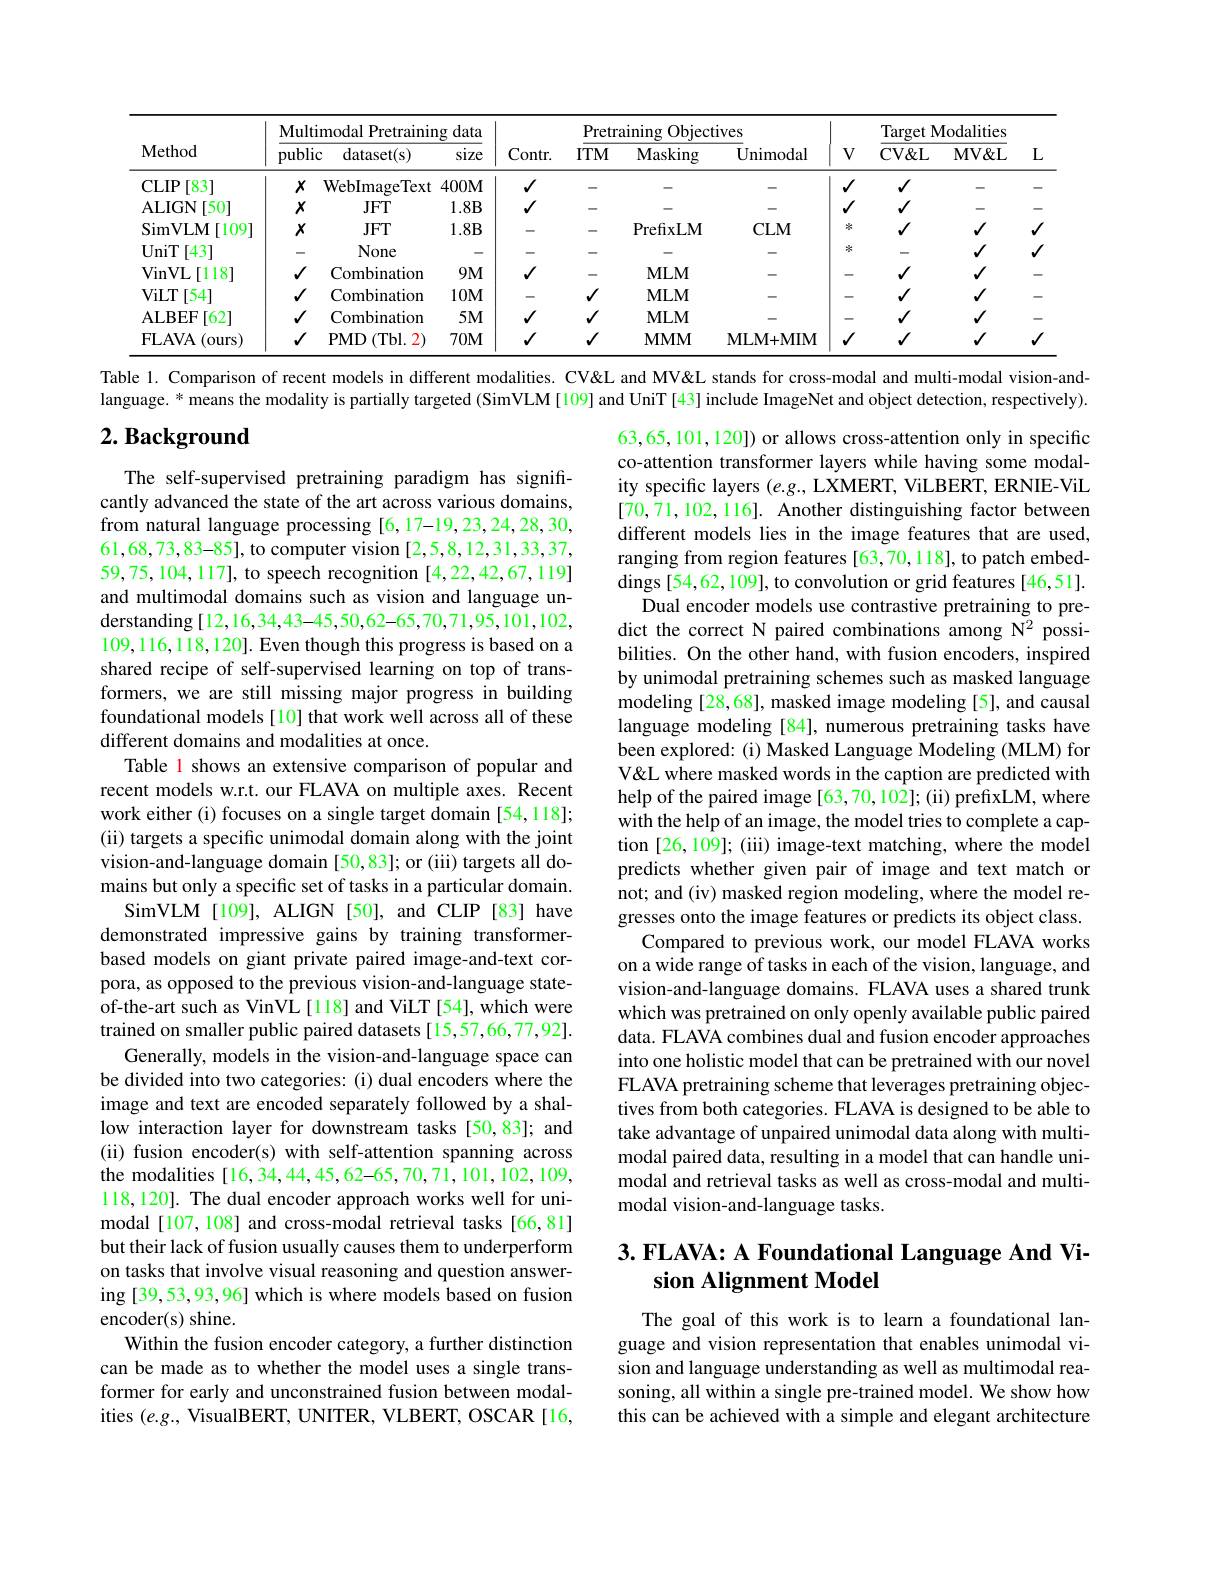
<table>
	<tbody>
		<tr>
			<th rowspan="2">Method</th>
			<th colspan="3">Multimodal Pretraining data</th>
			<th> </th>
			<th colspan="3">Pretraining Objectives</th>
			<th> </th>
			<th colspan="3">Target Modalities</th>
		</tr>
		<tr>
			<th>public</th>
			<th>dataset(s)</th>
			<th>size</th>
			<th>$Contr.$</th>
			<th>$ITM$</th>
			<th>Masking</th>
			<th>Unimodal</th>
			<th>$V$</th>
			<th>$\mathbf{CV}\&$L</th>
			<th>$\mathbf{MV\&L}$</th>
			<th>$L$</th>
		</tr>
		<tr>
			<td>CLIP [83]</td>
			<td>$X$</td>
			<td>WebImageText</td>
			<td>$400M$</td>
			<td>$√$</td>
			<td>- </td>
			<td> </td>
			<td>-</td>
			<td>1 I</td>
			<td>$√$</td>
			<td> </td>
			<td> </td>
		</tr>
		<tr>
			<td>ALIGN [50]</td>
			<td>$X$</td>
			<td>$JFT$</td>
			<td>$1.8B$</td>
			<td>$√$</td>
			<td>- </td>
			<td> </td>
			<td> </td>
			<td>$\checkmark$</td>
			<td>$√$</td>
			<td> </td>
			<td> </td>
		</tr>
		<tr>
			<td>SimVLM [109]</td>
			<td>$X$</td>
			<td>$JFT$</td>
			<td>$1.8B$</td>
			<td> </td>
			<td>-</td>
			<td>PrefixLM</td>
			<td>$CLM$</td>
			<td>冰</td>
			<td>$√$</td>
			<td>$√$</td>
			<td>$v$</td>
		</tr>
		<tr>
			<td>UniT [43]</td>
			<td>-</td>
			<td>None</td>
			<td>-</td>
			<td> </td>
			<td>-</td>
			<td> </td>
			<td> </td>
			<td>冰</td>
			<td>-</td>
			<td>$√$</td>
			<td>$v$</td>
		</tr>
		<tr>
			<td>$\operatorname{VinVL}[118]$</td>
			<td>$√$</td>
			<td>Combination</td>
			<td>$9M$</td>
			<td>$√$</td>
			<td>-</td>
			<td>$MLM$</td>
			<td> </td>
			<td>-</td>
			<td>$√$</td>
			<td>$√$</td>
			<td> </td>
		</tr>
		<tr>
			<td>ViLT [54</td>
			<td>$√$</td>
			<td>Combination</td>
			<td>$10M$</td>
			<td> </td>
			<td>$√$</td>
			<td>$MLM$</td>
			<td> </td>
			<td>-</td>
			<td>$√$</td>
			<td>$√$</td>
			<td> </td>
		</tr>
		<tr>
			<td>ALBEF [62]</td>
			<td>$√$</td>
			<td>Combination</td>
			<td>$5M$</td>
			<td>$√$</td>
			<td>$√$</td>
			<td>$MLM$</td>
			<td> </td>
			<td>-</td>
			<td>$√$</td>
			<td>$√$</td>
			<td> </td>
		</tr>
		<tr>
			<td>$\mathbf{FLAVA}$ (ours) 10 1</td>
			<td>$√$</td>
			<td>$PMD$ (Tbl. 2)</td>
			<td>$70M$</td>
			<td>$√$</td>
			<td>$√$</td>
			<td>$\mathbf{MMM}$</td>
			<td>MLM+ MIM</td>
			<td>1</td>
			<td>$√$</td>
			<td>$√$</td>
			<td>$v$</td>
		</tr>
	</tbody>
</table>

Table 1. Comparison of recent models in different modalities. CV&L and MV& stands for cross-modal and multi-modal vision-and-

language. * means the modality is partially targeted (SimVLM [109] and UniT [43] include ImageNet and object detection, respectively).

# $2. \textbf{ Background}$

63,65,101,120]) or allows cross-attention only in specific co-attention transformer layers while having some modality specific layers $(e.g.$, LXMERT, ViLBERT, ERNIE-ViL [70,71,102,116]. Another distinguishing factor between different models lies in the image features that are used, ranging from region features [63,70,118], to patch embeddings [54,62,109], to convolution or grid features [46,51].
Dual encoder models use contrastive pretraining to predict the correct N paired combinations among N$^{2}$ possibilities. On the other hand, with fusion encoders, inspired by unimodal pretraining schemes such as masked language modeling [28,68], masked image modeling [5], and causal language modeling [84], numerous pretraining tasks have been explored: (i) Masked Language Modeling (MLM) for V&L where masked words in the caption are predicted with help of the paired image [63,70,102]; (ii) prefixLM, where with the help of an image, the model tries to complete a caption [26,109]; (iii) image-text matching, where the model predicts whether given pair of image and text match or not; and (iv) masked region modeling, where the model regresses onto the image features or predicts its object class.
Compared to previous work, our model FLAVA works on a wide range of tasks in each of the vision, language, and vision-and-language domains. FLAVA uses a shared trunk which was pretrained on only openly available public paired data. FLAVA combines dual and fusion encoder approaches into one holistic model that can be pretrained with our novel FLAVA pretraining scheme that leverages pretraining objectives from both categories. FLAVA is designed to be able to take advantage of unpaired unimodal data along with multimodal paired data, resulting in a model that can handle unimodal and retrieval tasks as well as cross-modal and multimodal vision-and-language tasks.

The self-supervised pretraining paradigm has significantly advanced the state of the art across various domains, from natural language processing [6,17-19,23,24,28,30, 61,68,73,83-85], to computer vision [2,5,8,12,31,33,37, 59,75,104,117], to speech recognition [4,22,42,67,119] and multimodal domains such as vision and language understanding[12,16,34,43-45,50,62-65,70,71,95,101,102, 109,116,118,120]. Even though this progress is based on a shared recipe of self-supervised learning on top of transformers, we are still missing major progress in building foundational models[10] that work well across all of these different domains and modalities at once.
Table 1 shows an extensive comparison of popular and recent models w.r.t. our FLAVA on multiple axes. Recent work either (i) focuses on a single target domain [54,118]; (ii) targets a specific unimodal domain along with the joint vision-and-language domain [50,83]; or (iii) targets all domains but only a specific set of tasks in a particular domain.
SimVLM[109], ALIGN[50], and CLIP[83] have demonstrated impressive gains by training transformerbased models on giant private paired image-and-text corpora, as opposed to the previous vision-and-language stateof-the-art such as VinVL[118] and ViLT[54], which were trained on smaller public paired datasets [15,57,66,77,92].
Generally, models in the vision-and-language space can be divided into two categories: (i) dual encoders where the image and text are encoded separately followed by a shallow interaction layer for downstream tasks [50,83]; and (ii) fusion encoder(s) with self-attention spanning across the modalities [16,34,44,45,62-65,70,71,101,102,109, 118,120]. The dual encoder approach works well for unimodal[107,108] and cross-modal retrieval tasks [66,81] but their lack of fusion usually causes them to underperform on tasks that involve visual reasoning and question answering [39,53,93,96] which is where models based on fusion encoder(s) shine.
Within the fusion encoder category, a further distinction can be made as to whether the model uses a single transformer for early and unconstrained fusion between modalities $(e.g.$, VisualBERT, UNITER, VLBERT, OSCAR[16,

# 3. FLAVA: A Foundational Language And Vision Alignment Model

The goal of this work is to learn a foundational language and vision representation that enables unimodal vision and language understanding as well as multimodal reasoning, all within a single pre-trained model. We show how this can be achieved with a simple and elegant architecture